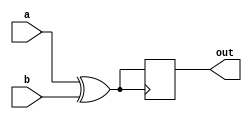
module xor_gate_with_delay(
  input wire a, b,
  output reg out
);

reg delayed_out;

always @ (a or b)
begin
  delayed_out <= #10 a ^ b; // introduce a delay of 10 time units
end

always @ (posedge delayed_out)
begin
  out <= delayed_out;
end

endmodule